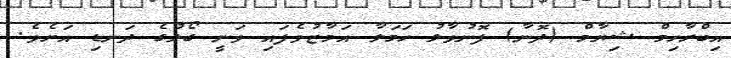
އިބްރާހިމް ޝިޔާމް (ދޮނާ) ފޮނުވާލު ހަމަލާ އަމާޒުވެފައި ވަނީ ގޯލުގެ ދަނޑި އަށެވެ.